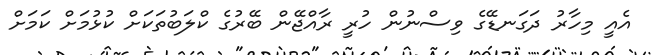
އެއީ މިހާރު ދަގަނޑޭގެ ވިސްނުން ހުރީ ރާއްޖޭން ބޭރުގެ ކްލަބުތަކަށް ކުޅުމަށް ކަމަށް